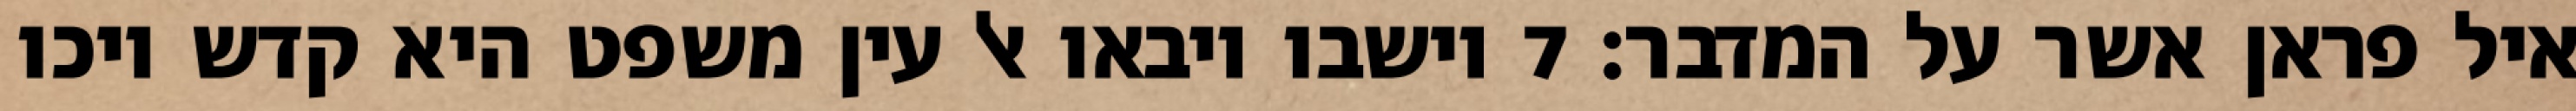
איל פראן אשר על המדבר׃ ‎7‏ וישבו ויבאו אל עין משפט היא קדש ויכו